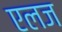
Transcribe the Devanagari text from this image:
एलज